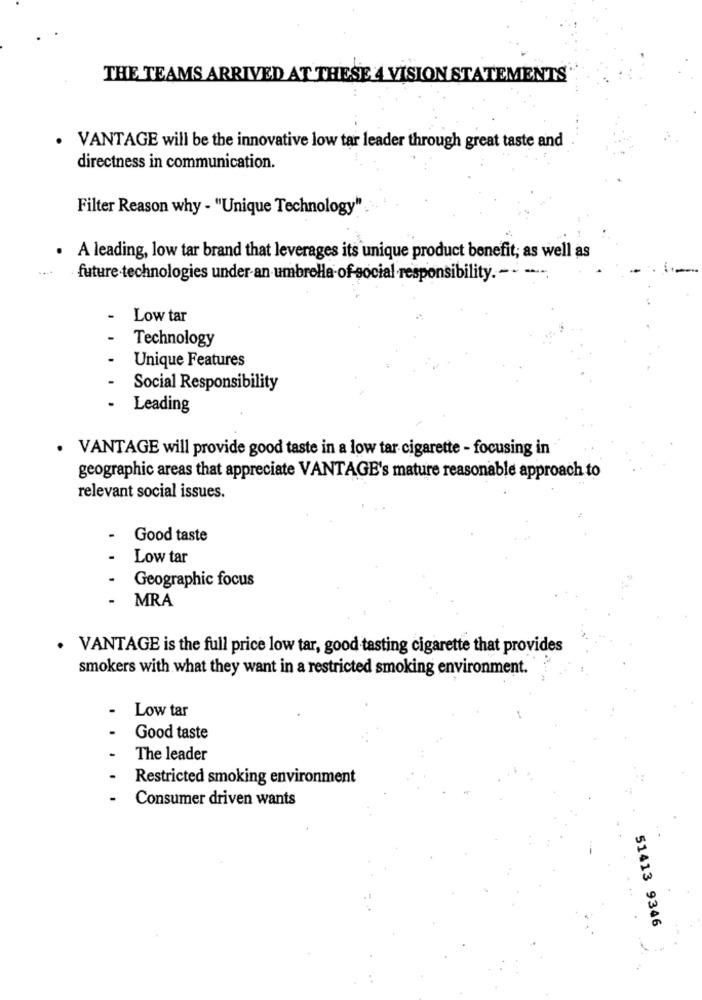
THE TEAMS ARRIVED AT THESE 4 VISION STATEMENTS
VANTAGE will be the innovative low tar leader through great taste and
directness in communication.
Filter Reason why - "Unique Technology"
· A leading, low tar brand that leverages its unique product benefit; as well as
future technologies under-an umbrella of social responsibility .-- -
Low tar
Technology
Unique Features
Social Responsibility
Leading
· VANTAGE will provide good taste in a low tar cigarette - focusing in
geographic areas that appreciate VANTAGE's mature reasonable approach to
relevant social issues.
-
Good taste
Low tar
Geographic focus
-
MRA
. VANTAGE is the full price low tar, good tasting cigarette that provides
smokers with what they want in a restricted smoking environment.
Low tar
Good taste
The leader
Restricted smoking environment
Consumer driven wants
51413 9346